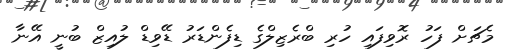
މެޗަށް ފަހު ރޮވިފައި ހުރި ބްރެޒިލްގެ ޑިފެންޑަރު ޑޭވިޑް ލުއިޒް ބުނީ އޭނާ